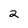
Character: 2